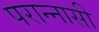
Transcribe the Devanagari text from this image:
परान्नासी